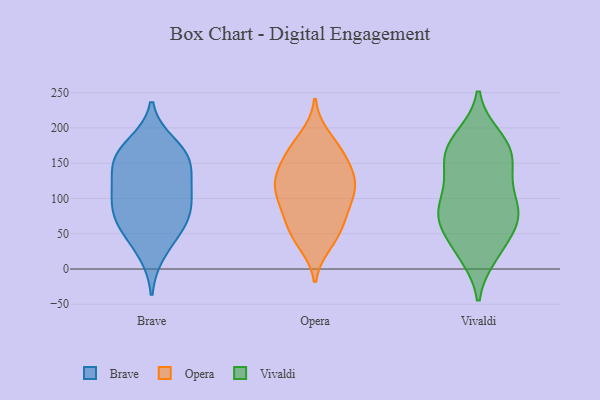
{"axis": {"x": "Operating Costs (USD K)", "y": "Value"}, "legend": ["Brave", "Opera", "Vivaldi"], "data": [{"x": "", "y": 61, "type": "Brave"}, {"x": "", "y": 68, "type": "Brave"}, {"x": "", "y": 158, "type": "Brave"}, {"x": "", "y": 89, "type": "Brave"}, {"x": "", "y": 99, "type": "Brave"}, {"x": "", "y": 60, "type": "Brave"}, {"x": "", "y": 117, "type": "Brave"}, {"x": "", "y": 24, "type": "Brave"}, {"x": "", "y": 108, "type": "Brave"}, {"x": "", "y": 160, "type": "Brave"}, {"x": "", "y": 158, "type": "Brave"}, {"x": "", "y": 176, "type": "Brave"}, {"x": "", "y": 142, "type": "Brave"}, {"x": "", "y": 111, "type": "Opera"}, {"x": "", "y": 107, "type": "Opera"}, {"x": "", "y": 45, "type": "Opera"}, {"x": "", "y": 84, "type": "Opera"}, {"x": "", "y": 168, "type": "Opera"}, {"x": "", "y": 48, "type": "Opera"}, {"x": "", "y": 126, "type": "Opera"}, {"x": "", "y": 187, "type": "Opera"}, {"x": "", "y": 169, "type": "Opera"}, {"x": "", "y": 36, "type": "Opera"}, {"x": "", "y": 70, "type": "Opera"}, {"x": "", "y": 128, "type": "Opera"}, {"x": "", "y": 140, "type": "Opera"}, {"x": "", "y": 136, "type": "Opera"}, {"x": "", "y": 163, "type": "Opera"}, {"x": "", "y": 72, "type": "Opera"}, {"x": "", "y": 97, "type": "Opera"}, {"x": "", "y": 116, "type": "Opera"}, {"x": "", "y": 28, "type": "Vivaldi"}, {"x": "", "y": 109, "type": "Vivaldi"}, {"x": "", "y": 162, "type": "Vivaldi"}, {"x": "", "y": 76, "type": "Vivaldi"}, {"x": "", "y": 143, "type": "Vivaldi"}, {"x": "", "y": 187, "type": "Vivaldi"}, {"x": "", "y": 70, "type": "Vivaldi"}, {"x": "", "y": 94, "type": "Vivaldi"}, {"x": "", "y": 77, "type": "Vivaldi"}, {"x": "", "y": 83, "type": "Vivaldi"}, {"x": "", "y": 68, "type": "Vivaldi"}, {"x": "", "y": 185, "type": "Vivaldi"}, {"x": "", "y": 149, "type": "Vivaldi"}, {"x": "", "y": 171, "type": "Vivaldi"}, {"x": "", "y": 166, "type": "Vivaldi"}, {"x": "", "y": 20, "type": "Vivaldi"}, {"x": "", "y": 64, "type": "Vivaldi"}, {"x": "", "y": 26, "type": "Vivaldi"}, {"x": "", "y": 126, "type": "Vivaldi"}]}